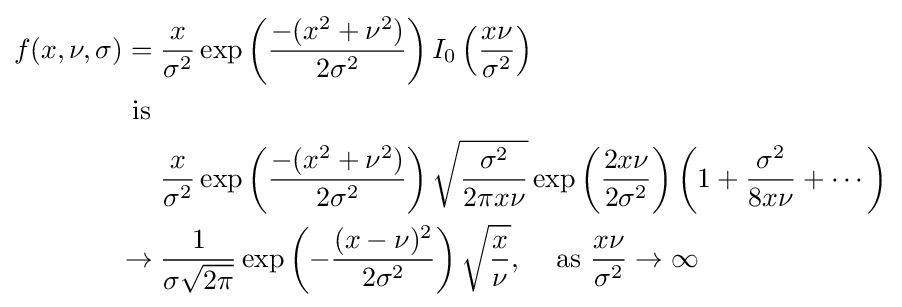
{\begin{aligned}f(x,\nu ,\sigma )={}&{\frac {x}{\sigma ^{2}}}\exp \left({\frac {-(x^{2}+\nu ^{2})}{2\sigma ^{2}}}\right)I_{0}\left({\frac {x\nu }{\sigma ^{2}}}\right)\\{\text{  is  }}\\&{\frac {x}{\sigma ^{2}}}\exp \left({\frac {-(x^{2}+\nu ^{2})}{2\sigma ^{2}}}\right){\sqrt {\frac {\sigma ^{2}}{2\pi x\nu }}}\exp \left({\frac {2x\nu }{2\sigma ^{2}}}\right)\left(1+{\frac {\sigma ^{2}}{8x\nu }}+\cdots \right)\\\rightarrow {}&{\frac {1}{\sigma {\sqrt {2\pi }}}}\exp \left(-{\frac {(x-\nu )^{2}}{2\sigma ^{2}}}\right){\sqrt {\frac {x}{\nu }}},\;\;\;{\text{ as }}{\frac {x\nu }{\sigma ^{2}}}\rightarrow \infty \end{aligned}}